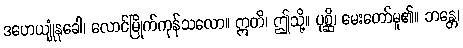
ဒဟေယျုံနုခေါ၊ လောင်မြိုက်ကုန်သလော။ ဣတိ၊ ဤသို့။ ပုစ္ဆိ၊ မေးတော်မူ၏။ ဘန္တေ၊